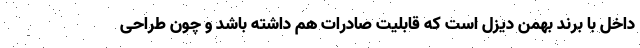
داخل با برند بهمن دیزل است که قابلیت صادرات هم داشته باشد و چون طراحی